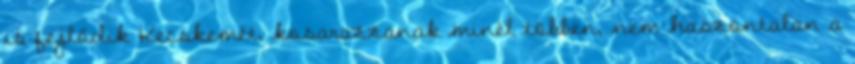
is fejlődik Kecskemét, kosarazzanak minél többen, nem haszontalan a